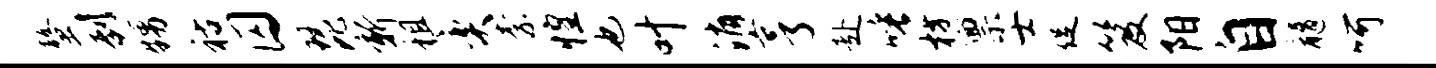
螯到甥祜囚琵新租奕柰惶也叶消亨赴唾枋禀士促笈阳自髓呵